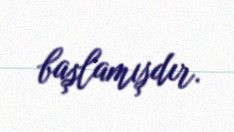
başlamışdır.